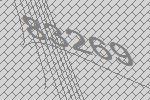
83269